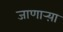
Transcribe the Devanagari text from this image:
जाणार्‍य़ा